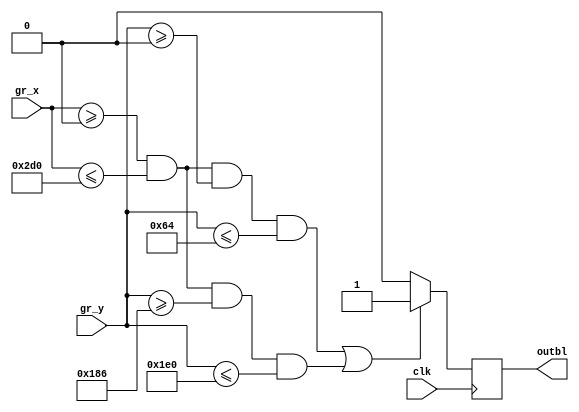
module FRAMEBOX(
	input wire clk,
//	input wire reset,
//	input wire enable,
	
	input wire [10:0]gr_x,
	input wire [9:0]gr_y,

	output reg outbl
	);
	
parameter[10:0] x1 = 11'd0;
parameter[10:0] x2 = 11'd720;
parameter[9:0] y1 = 11'd0;
parameter[9:0] y2 = 11'd100;

parameter[9:0] y3 = 11'd390;
parameter[9:0] y4 = 11'd480;

always @ (posedge clk)
	begin
		if (((gr_x[10:0]>=x1[10:0])&&(gr_x[10:0]<=x2[10:0])&&(gr_y[9:0]>=y1)&&(gr_y[9:0]<=y2))||
			((gr_x[10:0]>=x1[10:0])&&(gr_x[10:0]<=x2[10:0])&&(gr_y[9:0]>=y3)&&(gr_y[9:0]<=y4)))
			begin
				outbl = 1;
			end
			else
				outbl = 0;
	end
endmodule